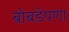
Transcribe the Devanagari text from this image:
बोबडेपणा